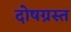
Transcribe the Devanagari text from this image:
दोषग्रस्त